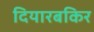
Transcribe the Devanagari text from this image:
दियारबकिर